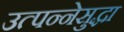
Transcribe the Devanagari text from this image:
उत्पन्नेसुद्धा